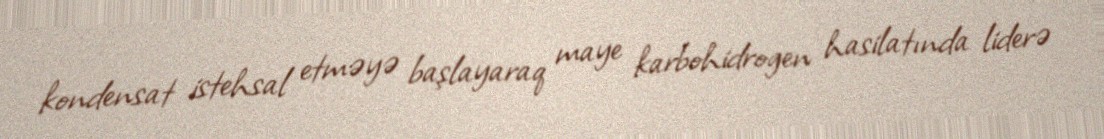
kondensat istehsal etməyə başlayaraq maye karbohidrogen hasilatında liderə